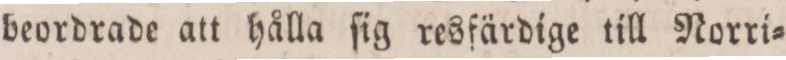
beordrade att hålla ſig resfärdige till Norri=